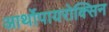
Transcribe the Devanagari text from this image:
आर्थोपायरोक्सिन